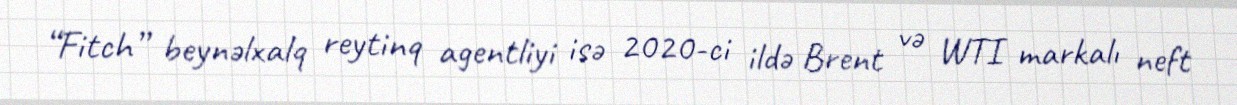
“Fitch” beynəlxalq reytinq agentliyi isə 2020-ci ildə Brent və WTI markalı neft